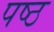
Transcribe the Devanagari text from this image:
पष्ठ